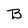
Character: B